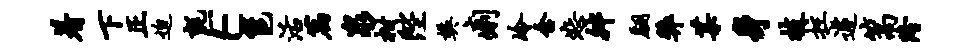
着下正迫毡E邕活篇泉柑陛樊痢冷含恕舛翩弊某身技拄遽篙隆